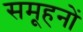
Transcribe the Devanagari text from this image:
समूहनों